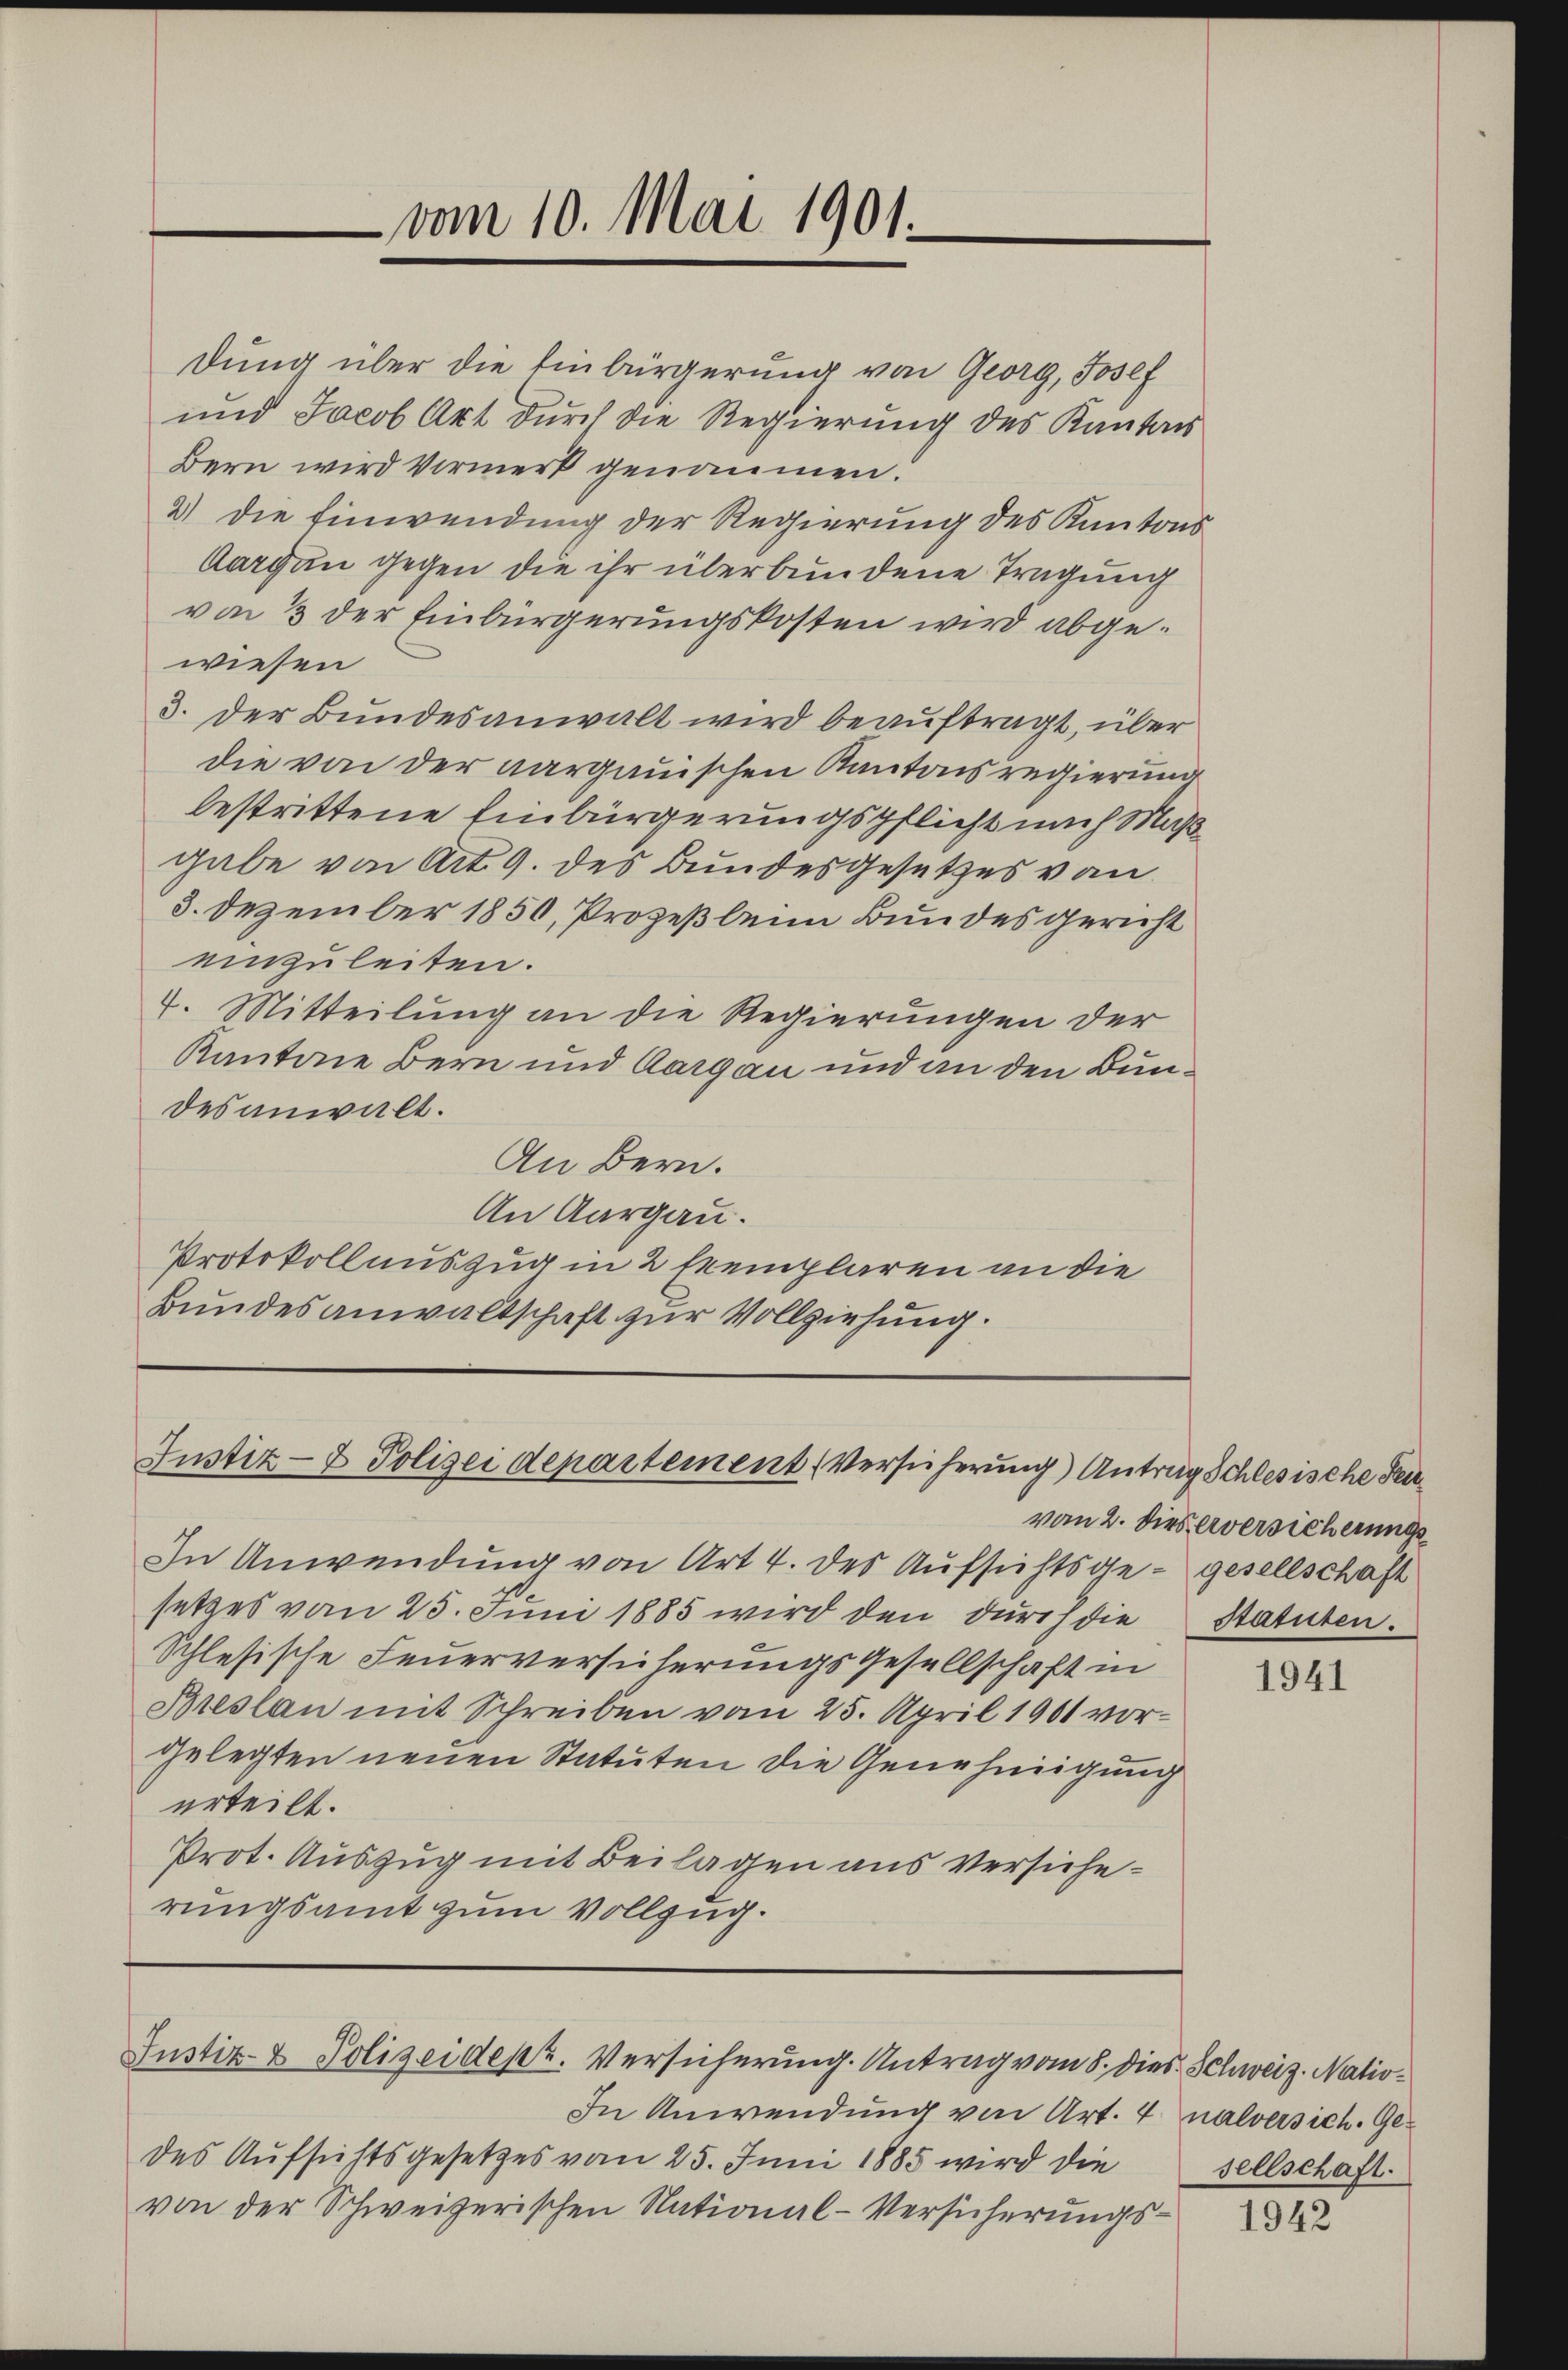
vom 10. Mai 1901.

dung über die Einbürgerung von Georg, Josef
und Jacob Art durch die Regierung des Kantons
Bern wird Vormerk genommen.
2) die Einwendung der Regierung des Kantons
Aargau gegen die ihr überbundene Tragung
von 3 der Einbürgerungskosten wird abgewiesen
3. der Bundesanwalt wird beauftragt, über
die von der aargauischen Kantonsregierung
bestrittene Einbürgerungspflicht nach Maßgabe von Art. 9. des Bundesgesetzes von
3. Dezember 1850, Prozeßleim Bundesgericht
einzuleiten.
4. Mitteilung an die Regierungen der
Kantone Bern und Aargau und an den Bundes anwalt.
An Bern.
An Aargau.
Protokollauszug in 2 Exemplaren an die
Bundesanwaltschaft zur Vollziehung.

Justiz- & Polizeidepartement Versicherung) Antrag Schlesische Sei

In Anwendung von Art 4. des Aufsichtsge- gesellschaft
setzes vom 25. Juni 1885 wird den durch die
Schlesische Feuerversucherungs Gesellschaft in
Breslau mit Schreiben vom 25. April 1901 vorgelegten neuen Statuten die Genehmigung
erteilt.
Prot. Auszug mit Beilagen aus Versicherungsamt zum Vollzug.

Justiz- & Polizeidepz. Versicherung. Antrag vom 8. dies Schweiz. Natio¬

In Anwendung von Art. 4 nalversich. Gedes Aufsichtsgesetzes vom 25. Juni 1885 wird die
von der Schweizerischen National-Versicherungs¬

vom 2. Dies Aversicherungs
statuten.

1941

sellschaft.

1942